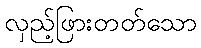
လှည့်ဖြားတတ်သော